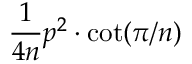
{ \frac { 1 } { 4 n } } p ^ { 2 } \cdot \cot ( \pi / n ) \,